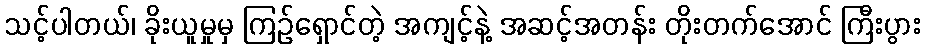
သင့်ပါတယ်၊ ခိုးယူမှုမှ ကြဉ်ရှောင်တဲ့ အကျင့်နဲ့ အဆင့်အတန်း တိုးတက်အောင် ကြီးပွား